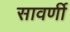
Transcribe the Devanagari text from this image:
सावर्णी